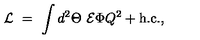
{ \cal L } \ = \ \int d ^ { 2 } \Theta \ { \cal E } \Phi Q ^ { 2 } + \mathrm { h . c . } ,